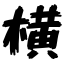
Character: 横